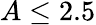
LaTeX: A\leq 2.5